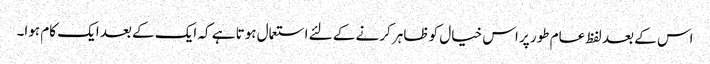
اس کے بعد لفظ عام طور پر اس خیال کو ظاہر کرنے کے لئے استعمال ہوتا ہے کہ ایک کے بعد ایک کام ہوا۔